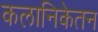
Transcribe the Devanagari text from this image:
कलानिकेतन